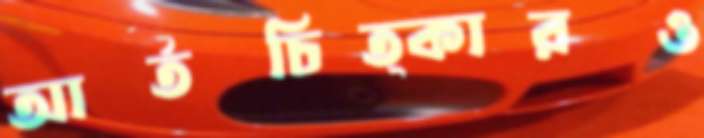
আর্তচিত্কারও